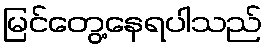
မြင်တွေ့နေရပါသည်